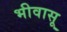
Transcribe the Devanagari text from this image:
भीवासू